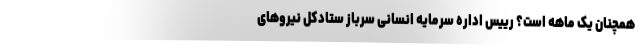
همچنان یک ماهه است؟ رییس اداره سرمایه انسانی سرباز ستادکل نیروهای